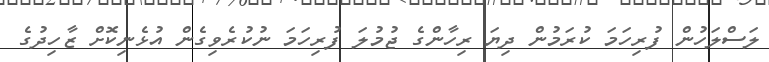
ލަސްލަހުން ފުރިހަމަ ކުރަމުން ދިޔަ ރިހާންގެ ޖުމުލަ ފުރިހަމަ ނުކުރެވިގެން އުޅެނިކޮށް ޒާހިދުގެ